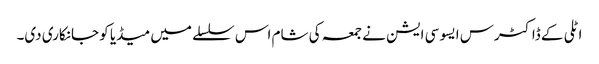
اٹلی کے ڈاکٹرس ایسو سی ایشن نے جمعہ کی شام اس سلسلے میں میڈیا کو جانکاری دی۔